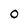
Character: O